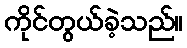
ကိုင်တွယ်ခဲ့သည်။